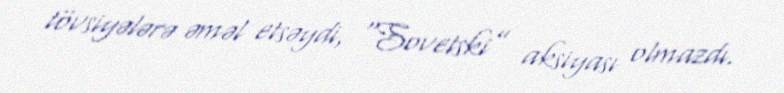
tövsiyələrə əməl etsəydi, “Sovetski” aksiyası olmazdı.